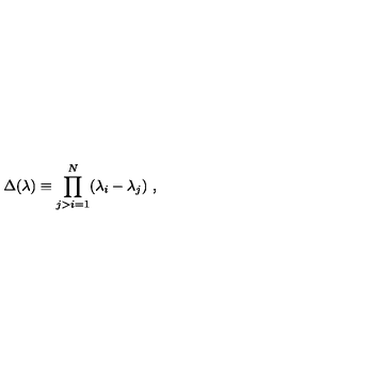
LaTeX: \Delta ( \lambda ) \equiv \prod _ { j > i = 1 } ^ { N } ( \lambda _ { i } - \lambda _ { j } ) \ ,